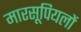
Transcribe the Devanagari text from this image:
मारसूपियलों